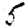
Digit: 5